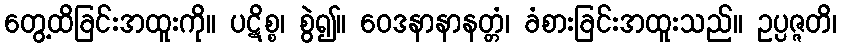
တွေ့ထိခြင်းအထူးကို။ ပဋိစ္စ၊ စွဲ၍။ ဝေဒနာနာနတ္တံ၊ ခံစားခြင်းအထူးသည်။ ဥပ္ပဇ္ဇတိ၊